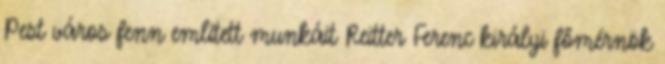
Pest város fenn említett munkáit Reitter Ferenc királyi főmérnök